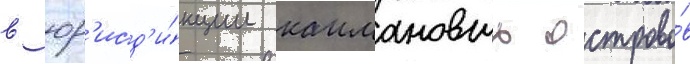
в юр'исд'и́кции каимановых острово́в